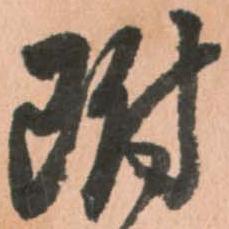
附